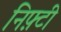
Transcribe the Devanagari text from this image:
निफ़्टी